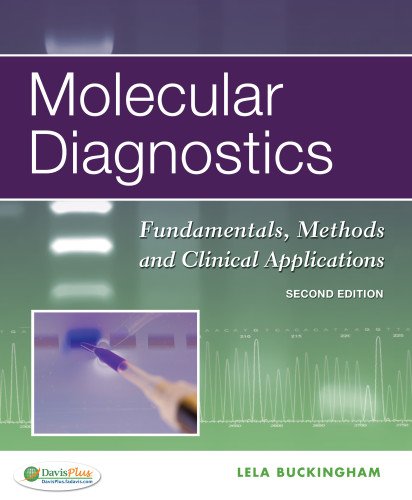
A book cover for Molecular Diagnostics: Fundamentals, Methods and Clinical Applications; Lela Buckingham PhD  MB  DLM(ASCP); Engineering & Transportation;